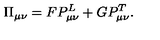
\Pi _ { \mu \nu } = F P _ { \mu \nu } ^ { L } + G P _ { \mu \nu } ^ { T } .